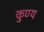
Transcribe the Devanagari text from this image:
कुण्य